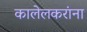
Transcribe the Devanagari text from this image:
कालेलकरांना